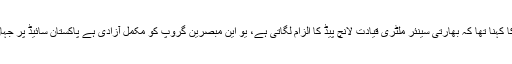
میجر جنرل بابر افتخار کا کہنا تھا کہ بھارتی سینئر ملٹری قیادت لانچ پیڈ کا الزام لگاتی ہے، یو این مبصرین گروپ کو مکمل آزادی ہے پاکستان سائیڈ پر جہاں مرضی جا سکتے ہیں۔